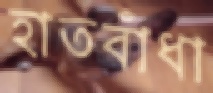
হাতবাঁধা